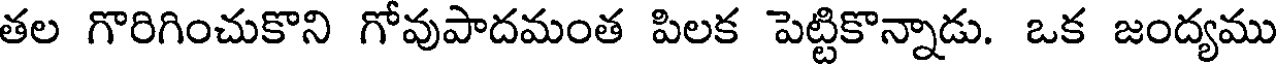
తల గొరిగించుకొని గోవుపాదమంత పిలక పెట్టికొన్నాడు. ఒక జంద్యము